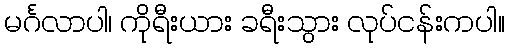
မင်္ဂလာပါ၊ ကိုရီးယား ခရီးသွား လုပ်ငန်းကပါ။